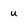
Character: u